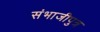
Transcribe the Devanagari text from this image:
संभाजीपुत्र